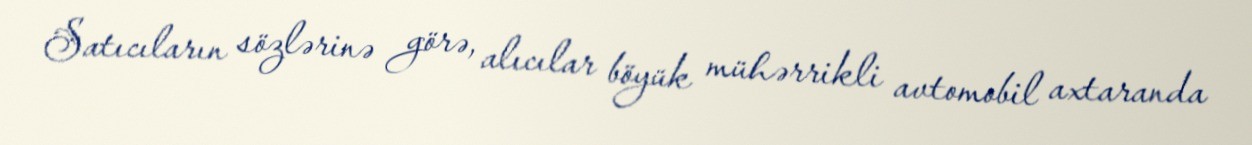
Satıcıların sözlərinə görə, alıcılar böyük mühərrikli avtomobil axtaranda